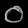
Digit: ၀